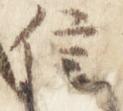
信